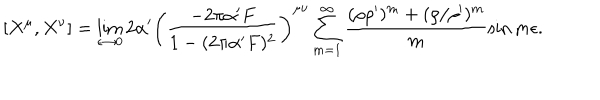
\left[ X ^ { \mu } , X ^ { \nu } \right] = \lim _ { \epsilon \rightarrow 0 } 2 \alpha ^ { \prime } \left( \frac { - 2 \pi \alpha ^ { \prime } F } { 1 - ( 2 \pi \alpha ^ { \prime } F ) ^ { 2 } } \right) ^ { \mu \nu } \sum _ { m = 1 } ^ { \infty } \frac { ( \rho \rho ^ { \prime } ) ^ { m } + ( \rho / \rho ^ { \prime } ) ^ { m } } { m } \sin m \epsilon .